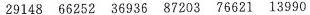
29148 66252 36936 87203 76621 13990